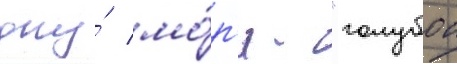
дну́ мо́р'я - "голубои